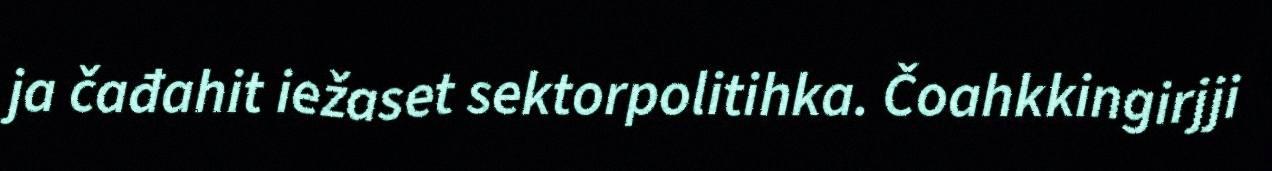
ja čađahit iežaset sektorpolitihka. Čoahkkingirjji